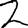
Digit: 2